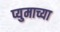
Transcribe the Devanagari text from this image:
प्युमाच्या